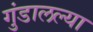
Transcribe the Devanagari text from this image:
गुंडालल्या